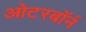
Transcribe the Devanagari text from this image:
ओटरबॉर्न